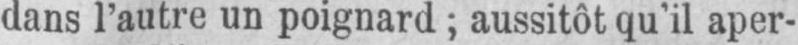
dans l’autre un poignard; aussitôt qu’il aper-